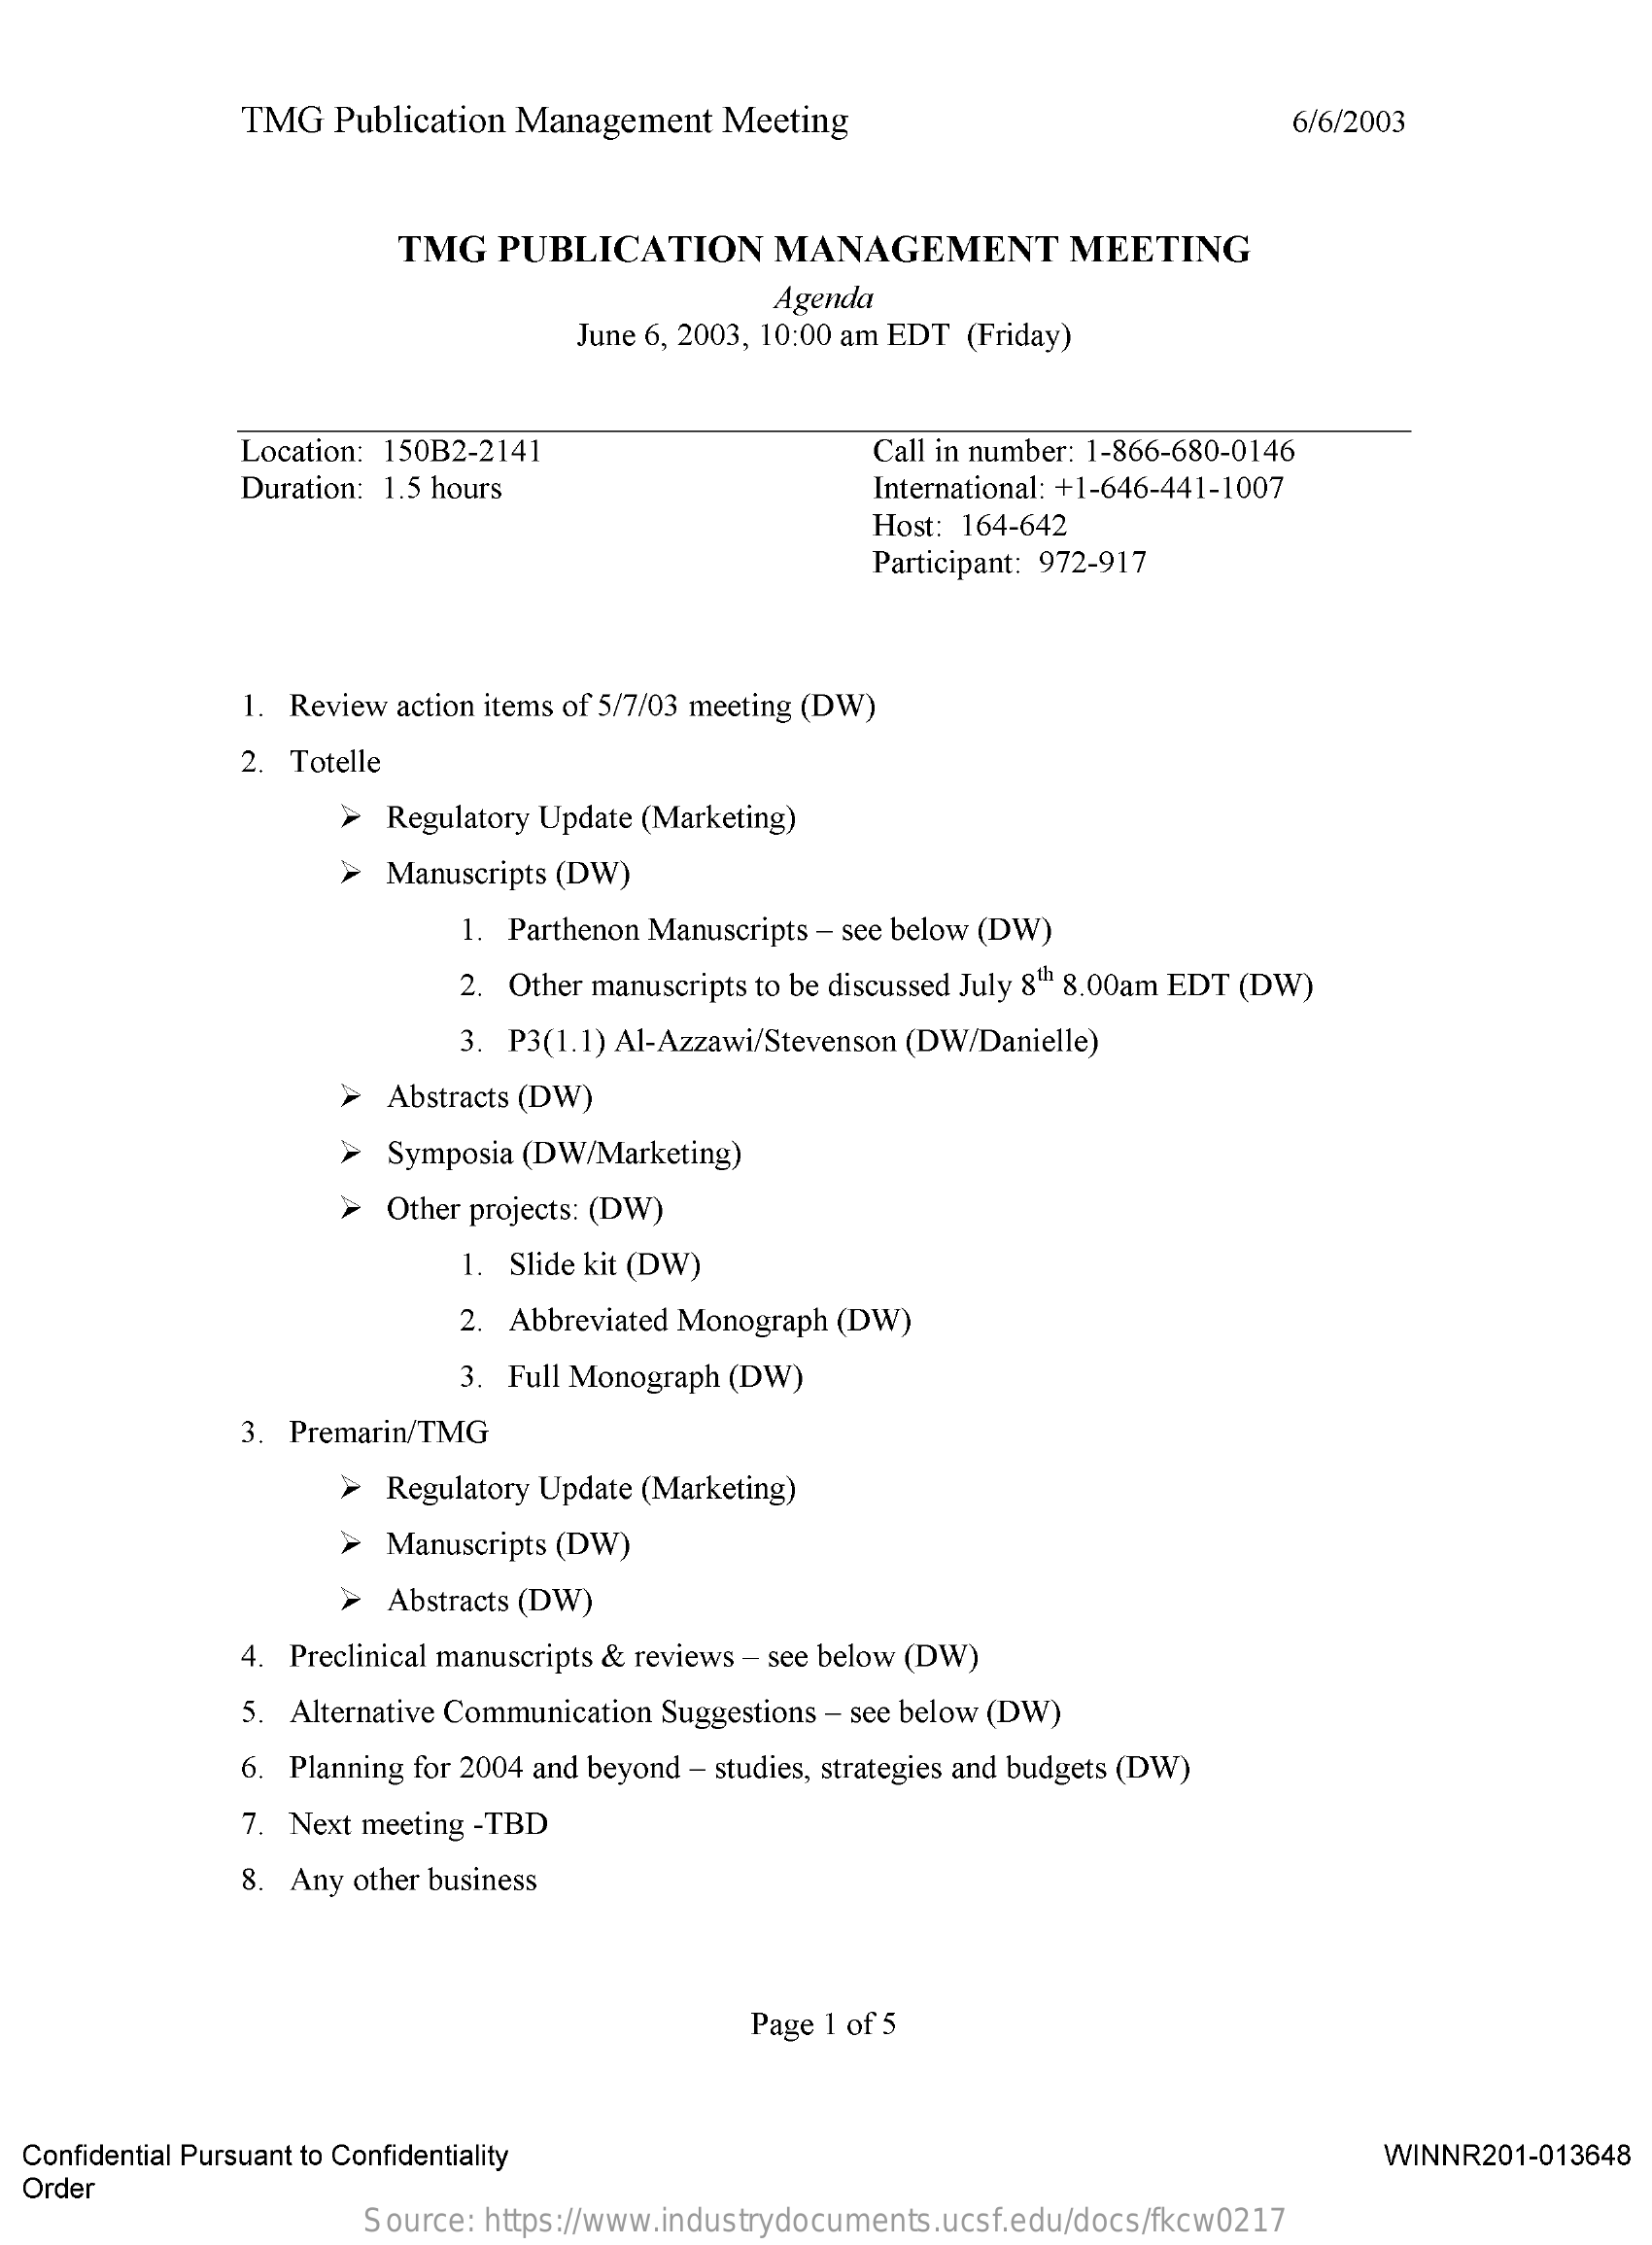
TMG  Publication Management   Meeting    6/6/2003
     TMG   PUBLICATION    MANAGEMENT    MEETING
     Agenda
     June 6, 2003, 10:00 am EDT (Friday)
     Location: 150B2-2141    Call in number: 1-866-680-0146
     Duration: 1.5 hours    International: +1-646-441-1007
     Host: 164-642
     Participant: 972-917
     1. Review action items of 5/7/03 meeting (DW)
     2. Totelle
     >  Regulatory Update (Marketing)
     >  Manuscripts (DW)
     1. Parthenon Manuscripts - see below (DW)
     2. Other manuscripts to be discussed July 8th 8.00am EDT (DW)
     3. P3(1.1) Al-Azzawi/Stevenson (DW/Danielle)
     >  Abstracts (DW)
     >  Symposia (DW/Marketing)
     >  Other projects: (DW)
     1. Slide kit (DW)
     2. Abbreviated Monograph (DW)
     3. Full Monograph (DW)
     3. Premarin/TMG
     >  Regulatory Update (Marketing)
     Manuscripts (DW)
     >  Abstracts (DW)
     4. Preclinical manuscripts & reviews - see below (DW)
     5. Alternative Communication Suggestions - see below (DW)
     6. Planning for 2004 and beyond - studies, strategies and budgets (DW)
     7. Next meeting -TBD
     8. Any other business
     Page 1 of 5
  Confidential Pursuant to Confidentiality    WINNR201-013648
  Order
     Source: https://www.industrydocuments.ucsf.edu/docs/fkcw0217